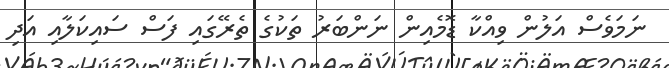
ނަމަވެސް އަލުން ވިއްކާ ޑޮމެއިން ނަންބަރު ތަކުގެ ތެރޭގައި ފަސް ސައިކަލާއި އަދި